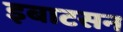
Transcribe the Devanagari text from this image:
इबाटसन